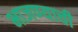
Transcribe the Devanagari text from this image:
भाजण्याची